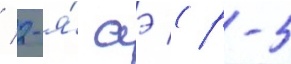
/ 2-я́ аэ (р-5